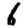
Digit: 6